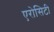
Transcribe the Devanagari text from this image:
एरोसिटी